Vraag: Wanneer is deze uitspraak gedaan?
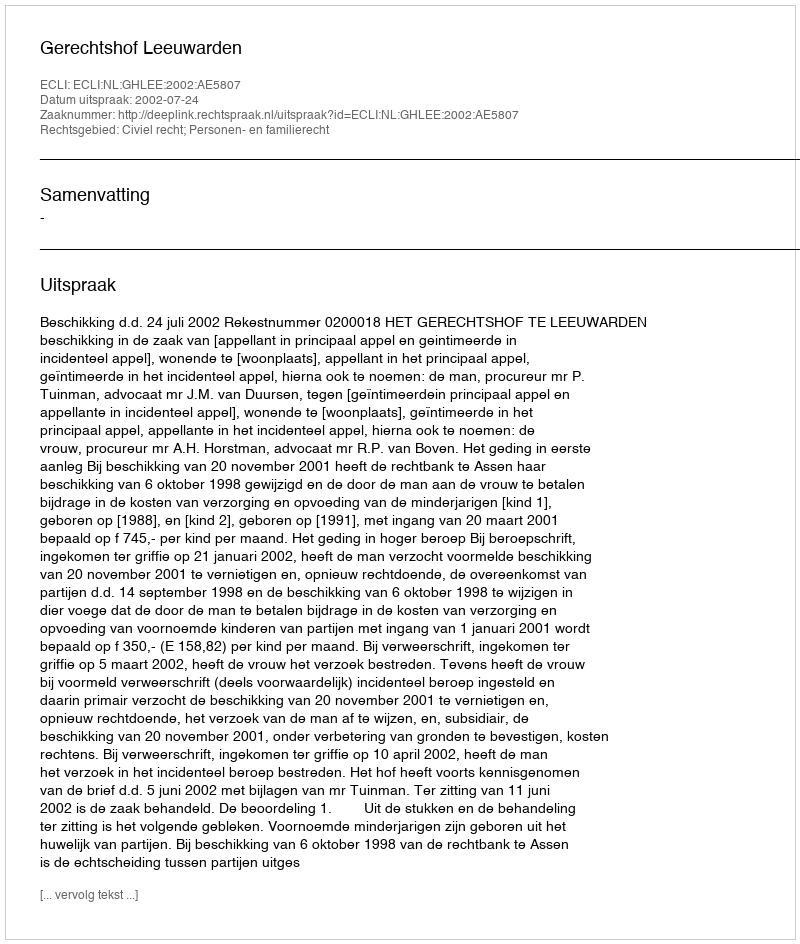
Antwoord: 2002-07-24